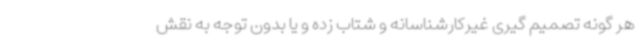
هر گونه تصمیم گیری غیرکارشناسانه و شتاب زده و یا بدون توجه به نقش